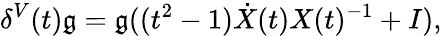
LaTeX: \delta^{V}(t)\mathfrak{g}=\mathfrak{g}((t^{2}-1)\dot{{X}}(t)X(t)^{-1}+I),